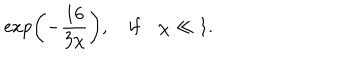
\exp \left( - \frac { 1 6 } { 3 \chi } \right) , \quad \mathrm { i f } \quad \chi \ll 1 .